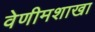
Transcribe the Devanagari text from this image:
वेणीमशाखा